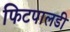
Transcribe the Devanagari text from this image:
फिटपालडी